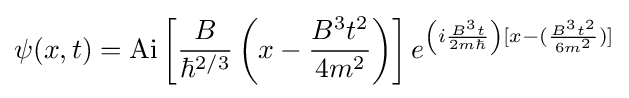
\psi (x,t)=\mathrm {Ai} \left[{\frac {B}{\hbar ^{2/3}}}\left(x-{\frac {B^{3}t^{2}}{4m^{2}}}\right)\right]e^{\left(i{\frac {B^{3}t}{2m\hbar }}\right)[x-({\frac {B^{3}t^{2}}{6m^{2}}})]}